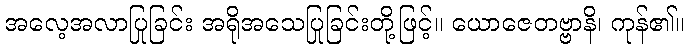
အလေ့အလာပြုခြင်း အရိုအသေပြုခြင်းတို့ဖြင့်။ ယောဇေတဗ္ဗာနိ၊ ကုန်၏။